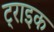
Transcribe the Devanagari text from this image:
ट्राइक